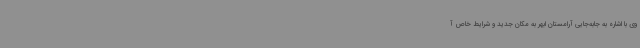
وی با اشاره به جابه‌جایی آرامستان ابهر به مکان جدید و شرایط خاص آ